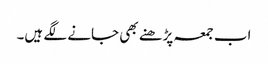
اب جمعہ پڑھنے بھی جانے لگے ہیں۔